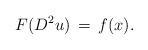
\begin{align*}F(D^2u) \,= \,f(x).\end{align*}